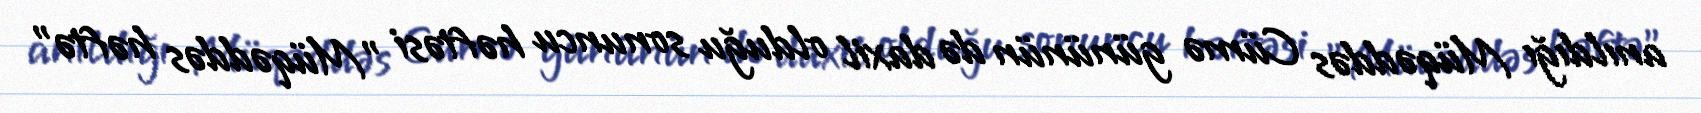
anıldığı Müqəddəs Cümə gününün də daxil olduğu sonuncu həftəsi "Müqəddəs həftə"